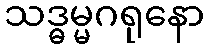
သဒ္ဓမ္မဂရုနော